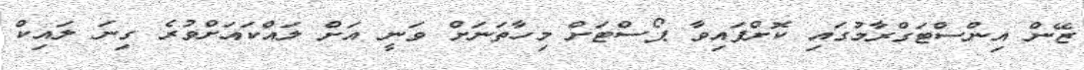
ޒޭން އިންސްޓަގްރާމުގައި ކޮށްފައިވާ ޕޯސްޓަށް މިހާތަނަށް ވަނީ އަށް ލައްކައަށްވުރެ ގިނަ ލައިކް